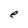
Character: e